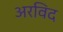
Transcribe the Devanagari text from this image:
अरविद